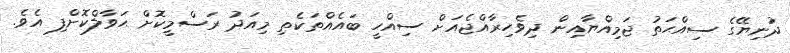
ދުނިޔޭގެ ސިއްޙަތު ޖަމިއްޔާއިން ދިވެހިރާއްޖެއަށް ސިއްހީ ބައެއްތަކެތި މިއަދު ރަސްމީކޮށް ޙަވާލްކޮށްފި އެވެ.